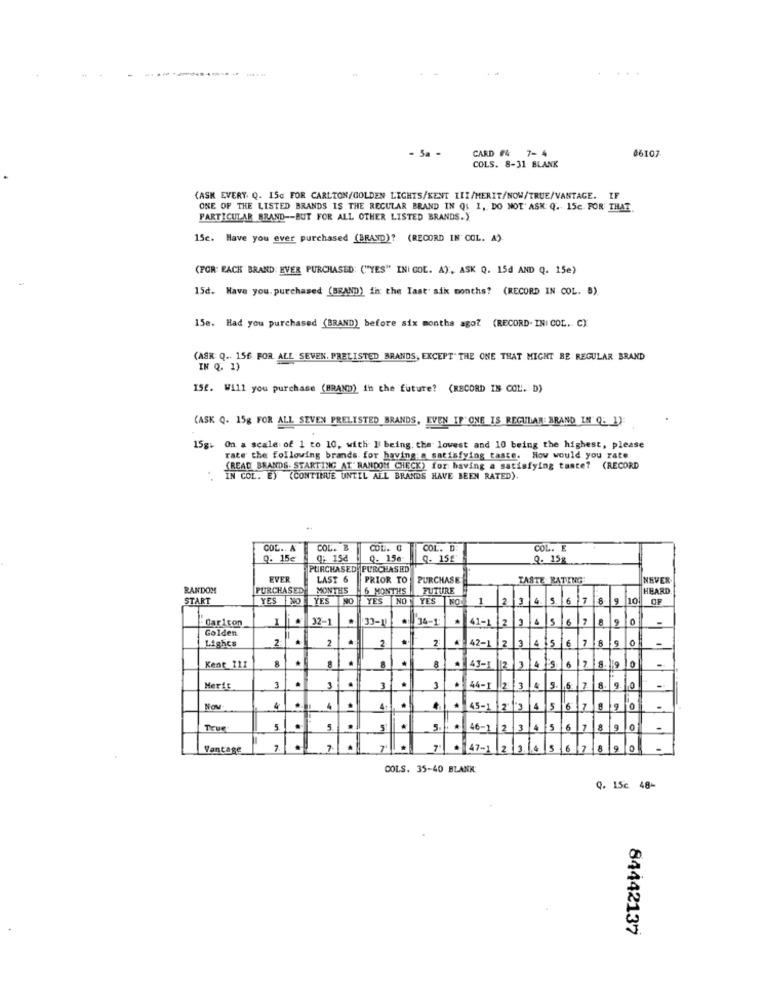
------------- ---
+
- 5a -
CARD #4
7-4
06107
COLS. 8-31 BLANK
(ASK EVERY Q. ISC FOR CARLTON/GOLDEN LIGHTS/SENT III/MERIT/NOW/TRUE/VANTAGE. IF
ONE OF THE LISTED BRANDS IS THE REGULAR BRAND IN Qs 1, DO NOT' ASK: Q. 15c. FOR THAT
PARTICULAR BRAND -- BUT FOR ALL OTHER LISTED BRANDS.Y
15c. Have you ever purchased (BRAND)? (RECORD IN COL. A).
(FOR: PACK BRAND: EVER PURCHASED: ("YES" INI COL. A), ASK Q. 15d AND Q. 15e)
15d. Have you. purchased (BRAND) in the last aik months? (RECORD IN COL. B)
15e. Had you purchased (BRAND) before six months ago? (RECORD. INI COL. C):
(ASK Q .. 156 FOR ALL SEVEN. PRELISTED BRANDS, EXCEPT" THE ONE THAT MIGHT BE REGULAR BRAND
IN Q. 1)
ISf. Will you purchase (BRAND) in the future? (RECORD IS COL. D)
(ASK Q. 15g FOR ALL SEVEN PRELISTED BRANDS, EVEN IF"ONE IS REGULAR BRAND IN'Q. 1):
15g. On a scale of 1 to 10, with I being. the lowest and 10 being the highest, please
rate the following brands for having:a satisfying taste. How would you rate
(READ BRANDS. STARTING AT" RANDOM CHECK) for having a satisfying taste? (RECORD
IN COL. E) (CONTINUE UNTIL ALL BRANDS HAVE BEEN RATED).
COL .. A
COL. B
COL. C
COL. D
COL. E
0. 15€
Q: 15₫
Q. 156
Q- 15£
Q. 15g
PURCHASED PURCHASED
EVER
LAST 6
PRIOR TO
PURCHASE
TASTE RATING
NEVER
RANDOM
PURCHASED
MONTHS
6 MONTHS
FUTURE
HEARD
START
YES NO
YES
YES
NO
YES NO
1
4. 5 6 7 8 9 1
OF
I
.
32-1
33-11
1 34-1
41-1 |2 3 4 5 6
0
-
Caricon
Golden
2-
2
2
2
42-1 2
3 4 :5
7 8
-
Lighcs
.
10
-
Kent_111
8
43-1
2/3/4/5
78
5.
-
Merit
3
3
3
3
44-1
23
6
.
Now
4
.
45-1
True
5
5
.
5
.
46-1
2
.
$5
89
.
-
Vantage
7
.
7
.
47-1
16/7
89
COLS. 35-40 BLANK
Q. 15c 48-
84442137